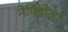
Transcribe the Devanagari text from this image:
नेपिडोला